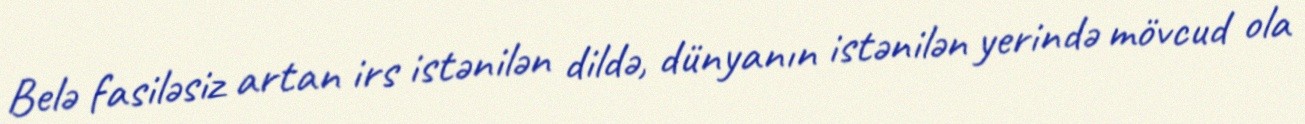
Belə fasiləsiz artan irs istənilən dildə, dünyanın istənilən yerində mövcud ola